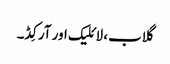
گلاب، لائلیک اور آرکِڈ۔